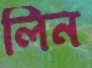
লিন